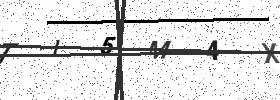
Text: TI5M4X